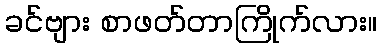
ခင်ဗျား စာဖတ်တာကြိုက်လား။